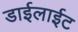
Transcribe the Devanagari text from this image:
डाईलाईट